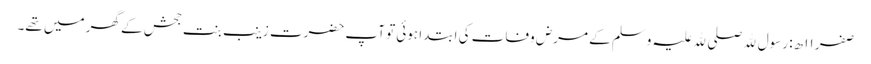
صفر ۱۱ ھ: رسول ﷲ صلی ﷲ علیہ وسلم کے مرض وفات کی ابتدا ہوئی تو آپ حضرت زینب بنت جحش کے گھر میں تھے۔